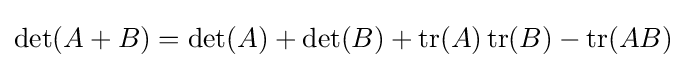
\det(A+B)=\det(A)+\det(B)+\operatorname {tr} (A)\operatorname {tr} (B)-\operatorname {tr} (AB)